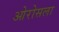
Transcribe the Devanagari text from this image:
ओरोसला